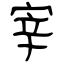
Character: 宰